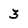
Character: 3